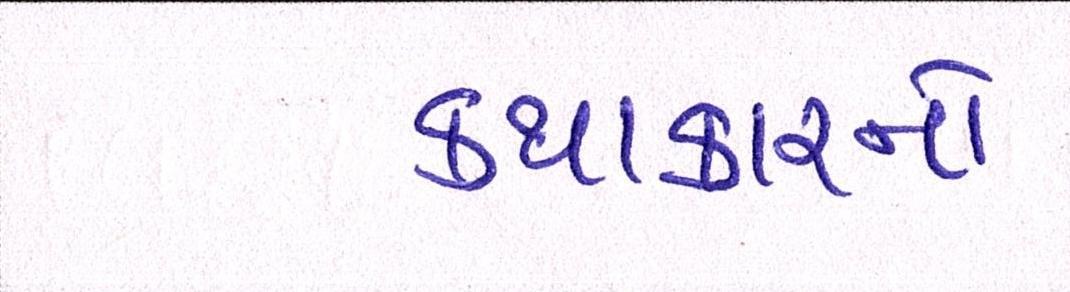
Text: કથાકારનો